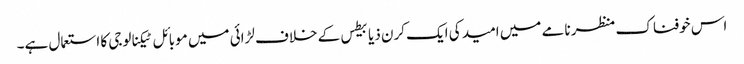
اس خوفناک منظر نامے میں امید کی ایک کرن ذیابیطس کے خلاف لڑائی میں موبائل ٹیکنالوجی کا استعمال ہے۔